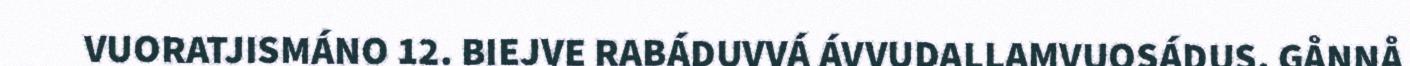
VUORATJISMÁNO 12. BIEJVE RABÁDUVVÁ ÁVVUDALLAMVUOSÁDUS, GÅNNÅ